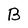
Character: B